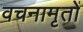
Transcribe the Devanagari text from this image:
वचनामृतों